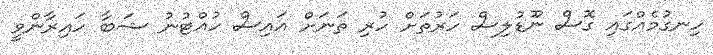
ހިނގުމެއްްގައި ގޮސް ނޫޑުލިސް ހަރުތަށް ހުރި ތަނަށް އައިސް ހުއްޓުނު ޝަބާ ހައިރާންވީ